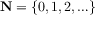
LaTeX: \mathbf { N } = \{ 0 , 1 , 2 , \ldots \}